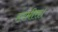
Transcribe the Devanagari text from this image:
हरमीस।